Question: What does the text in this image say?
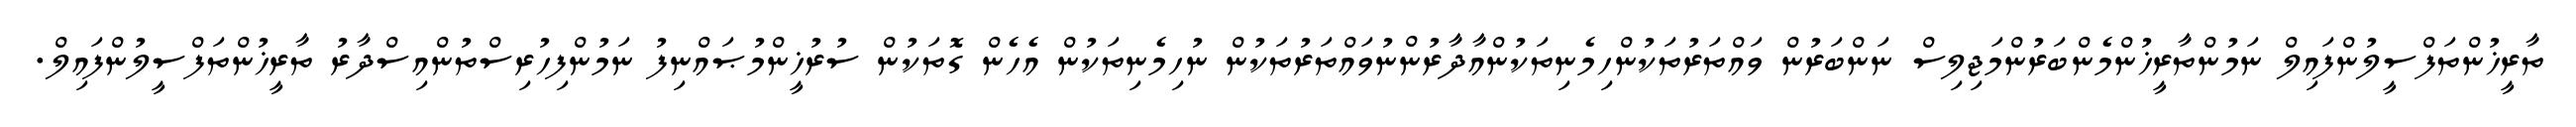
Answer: ތާރީޚުންތަފްސީލުންފައިލް ނަމުންތާރީޚުންމެންބަރުންމަޖިލިސް ނަންބަރުން ވައްތަރުތަކުންހިމެނިތަކުންއާދާރުންނުވައްތަރުތަކުން ނުހިމެނިތަކުން އެހެން ގޮތަކުން ސުރުޚީންމުޞައްނިފު ނަމުންފިހުރިސްތުންއިސްދާރު ތާރީޚުންތަފްސީލުންފައިލް.